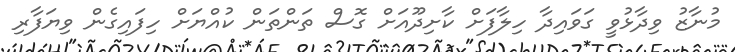
މުނާޒު ވިދާޅުވީ ގަވައިދާ ހިލާފަށް ކާށިދޫއަށް ގޮސް ތަންތަން ކުއްޔަށް ހިފައިގެން ވިޔަފާރި